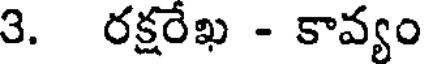
3. రక్షరేఖ - కావ్యం